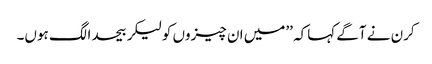
کرن نے آگے کہاکہ ’’میں ان چیزوں کولیکر بیحدالگ ہوں۔